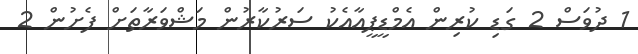
1 ދުވަސް 2 ގަޑި ކުރިން އެމްޑީޕީއާއެކު ސަރުކާރުން މަޝްވަރާތަށް ފެށުން 2